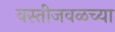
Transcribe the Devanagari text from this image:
वस्तीजवळच्या